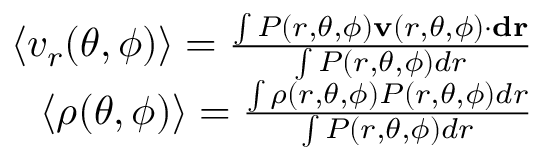
\begin{array} { r } { \left< v _ { r } ( \theta , \phi ) \right> = \frac { \int P ( r , \theta , \phi ) \mathbf { v } ( r , \theta , \phi ) \cdot \mathbf { d r } } { \int P ( r , \theta , \phi ) d r } } \\ { \left< \rho ( \theta , \phi ) \right> = \frac { \int \rho ( r , \theta , \phi ) P ( r , \theta , \phi ) d r } { \int P ( r , \theta , \phi ) d r } } \end{array}